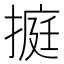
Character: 㨩